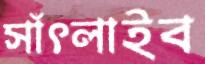
সাঁৎলাইব